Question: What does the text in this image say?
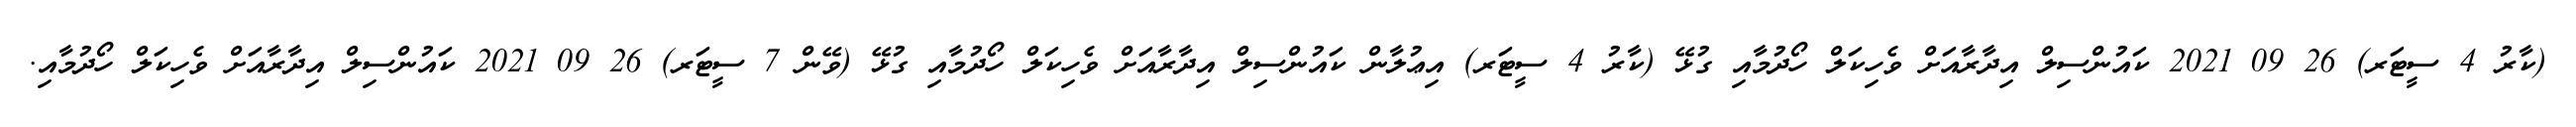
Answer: (ކާރު 4 ސީޓަރ) 26 09 2021 ކައުންސިލް އިދާރާއަށް ވެހިކަލް ހޯދުމާއި ގުޅޭ (ކާރު 4 ސީޓަރ) އިޢުލާން ކައުންސިލް އިދާރާއަށް ވެހިކަލް ހޯދުމާއި ގުޅޭ (ވޭން 7 ސީޓަރ) 26 09 2021 ކައުންސިލް އިދާރާއަށް ވެހިކަލް ހޯދުމާއި.